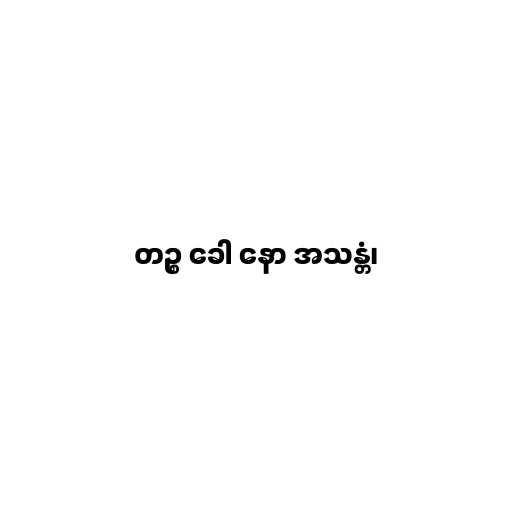
တဉ္စ ခေါ နော အသန္တံ၊